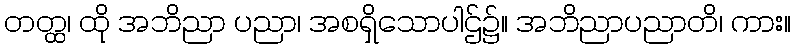
တတ္ထ၊ ထို အဘိညာ ပညာ၊ အစရှိသောပါဌ်၌။ အဘိညာပညာတိ၊ ကား။